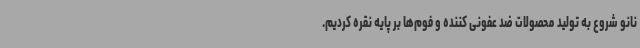
نانو شروع به تولید محصولات ضد عفونی کننده و فوم‌ها بر پایه نقره کردیم.